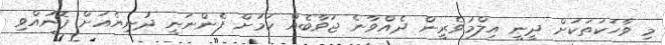
މި ވާހަކަތަކަށް ދީނީ އިލްމުވެރީން ދެއްވާނެ ޖަވާބެއް ކަމަށް ފެންނަނީ ދުނިޔެއަށް ފޮނުއްވި